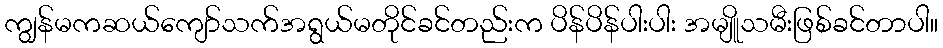
ကျွန်မကဆယ်ကျော်သက်အရွယ်မတိုင်ခင်တည်းက ပိန်ပိန်ပါးပါး အမျိူသမီးဖြစ်ခင်တာပါ။